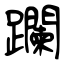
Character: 躝